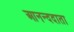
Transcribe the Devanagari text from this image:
आनन्ददाता